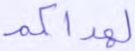
لهداكم